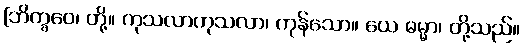
[ဘိက္ခဝေ၊ တို့။ ကုသလာကုသလာ၊ ကုန်သော။ ယေ ဓမ္မာ၊ တို့သည်။